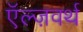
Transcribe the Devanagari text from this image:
ऍल्ज़वर्थ